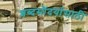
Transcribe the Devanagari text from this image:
शब्दसौंदर्यासाठी